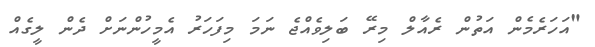
"އަހަރެމެން އަތުން ރެއާލް މިރޭ ބަލިވެއްޖެ ނަމަ މިފަހަރު އެމީހުންނަށް ދެން ލީގެއް